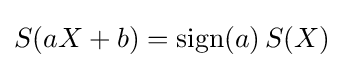
S(aX+b)=\operatorname {sign} (a)\,S(X)